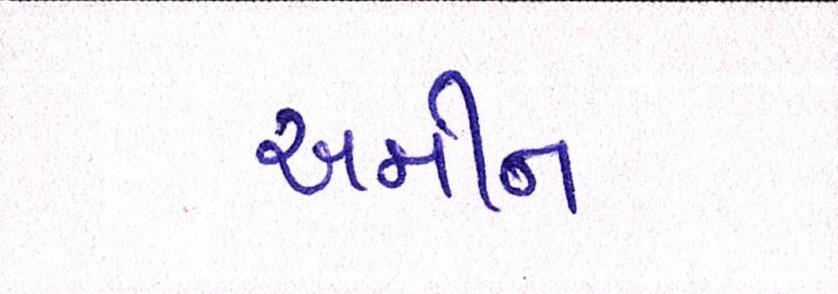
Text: અમીન